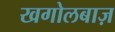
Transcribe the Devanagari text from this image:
खगोलबाज़